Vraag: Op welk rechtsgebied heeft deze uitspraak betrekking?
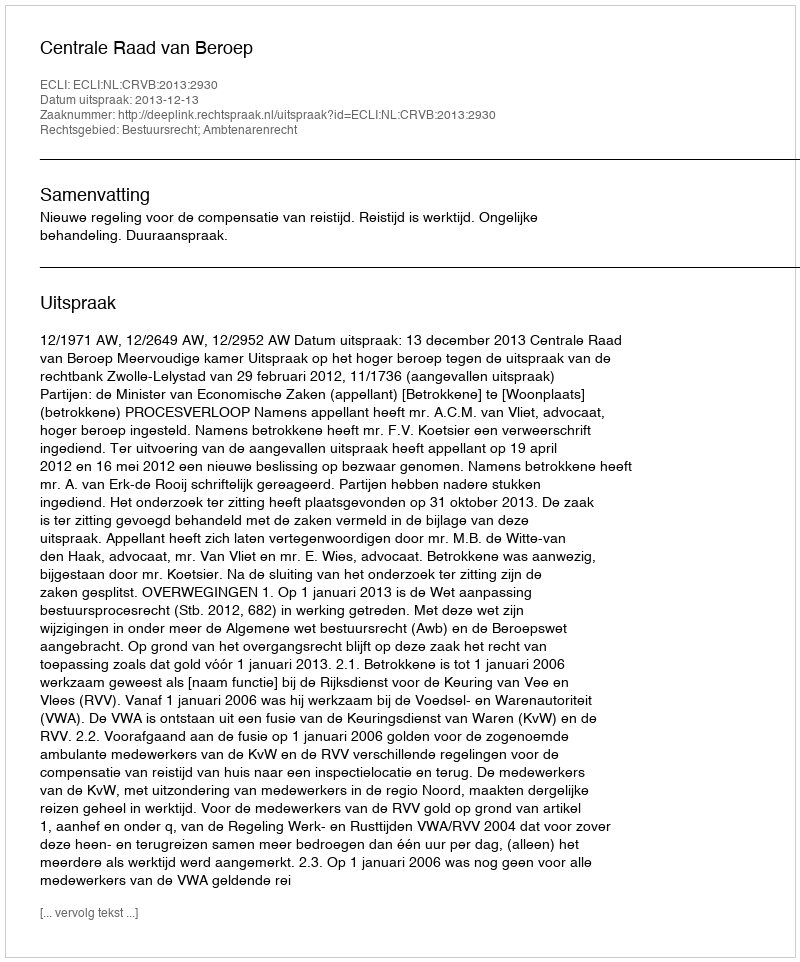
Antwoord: Bestuursrecht; Ambtenarenrecht